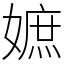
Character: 嫬